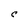
Character: C